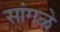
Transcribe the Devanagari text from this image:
सांगळे